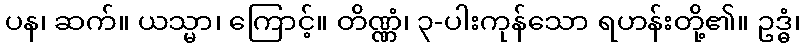
ပန၊ ဆက်။ ယသ္မာ၊ ကြောင့်။ တိဏ္ဏံ၊ ၃-ပါးကုန်သော ရဟန်းတို့၏။ ဥဒ္ဓံ၊